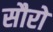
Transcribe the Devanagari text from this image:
सौरो